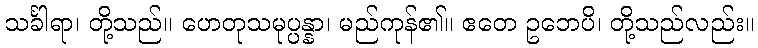
သင်္ခါရာ၊ တို့သည်။ ဟေတုသမုပ္ပန္နာ၊ မည်ကုန်၏။ ဧတေ ဥဘေပိ၊ တို့သည်လည်း။